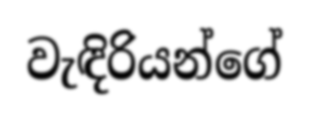
වැඳිරියන්ගේ